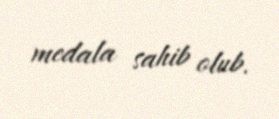
medala sahib olub.